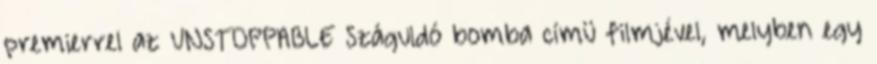
premierrel az UNSTOPPABLE Száguldó bomba címü filmjével, melyben egy